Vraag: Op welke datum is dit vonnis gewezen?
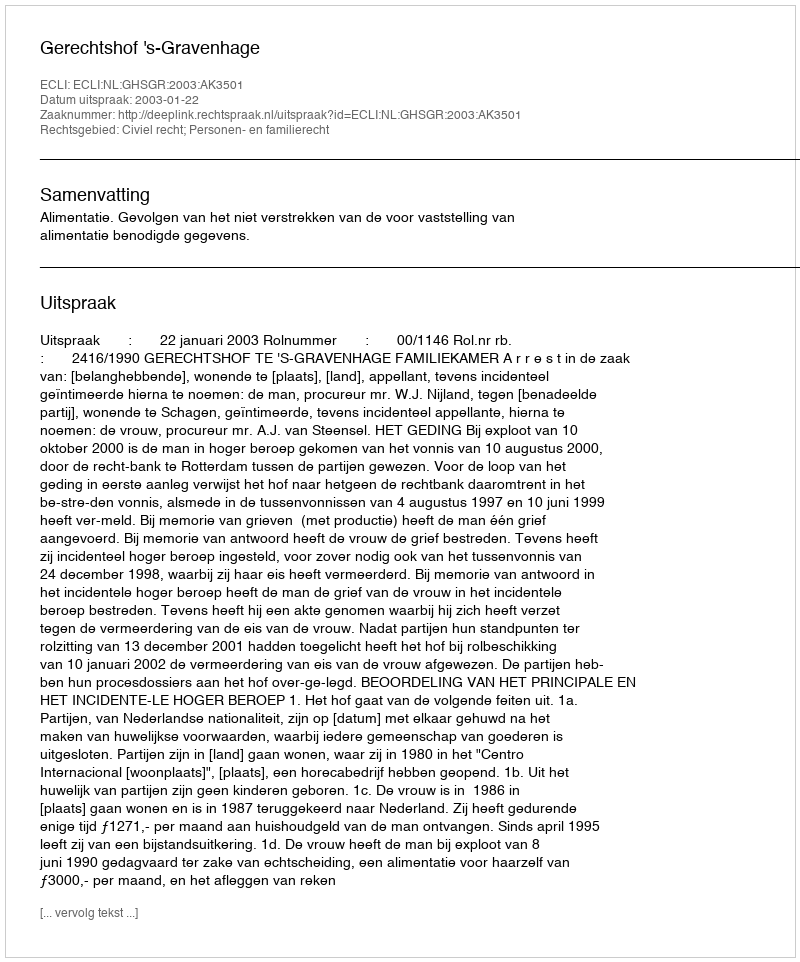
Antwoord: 2003-01-22